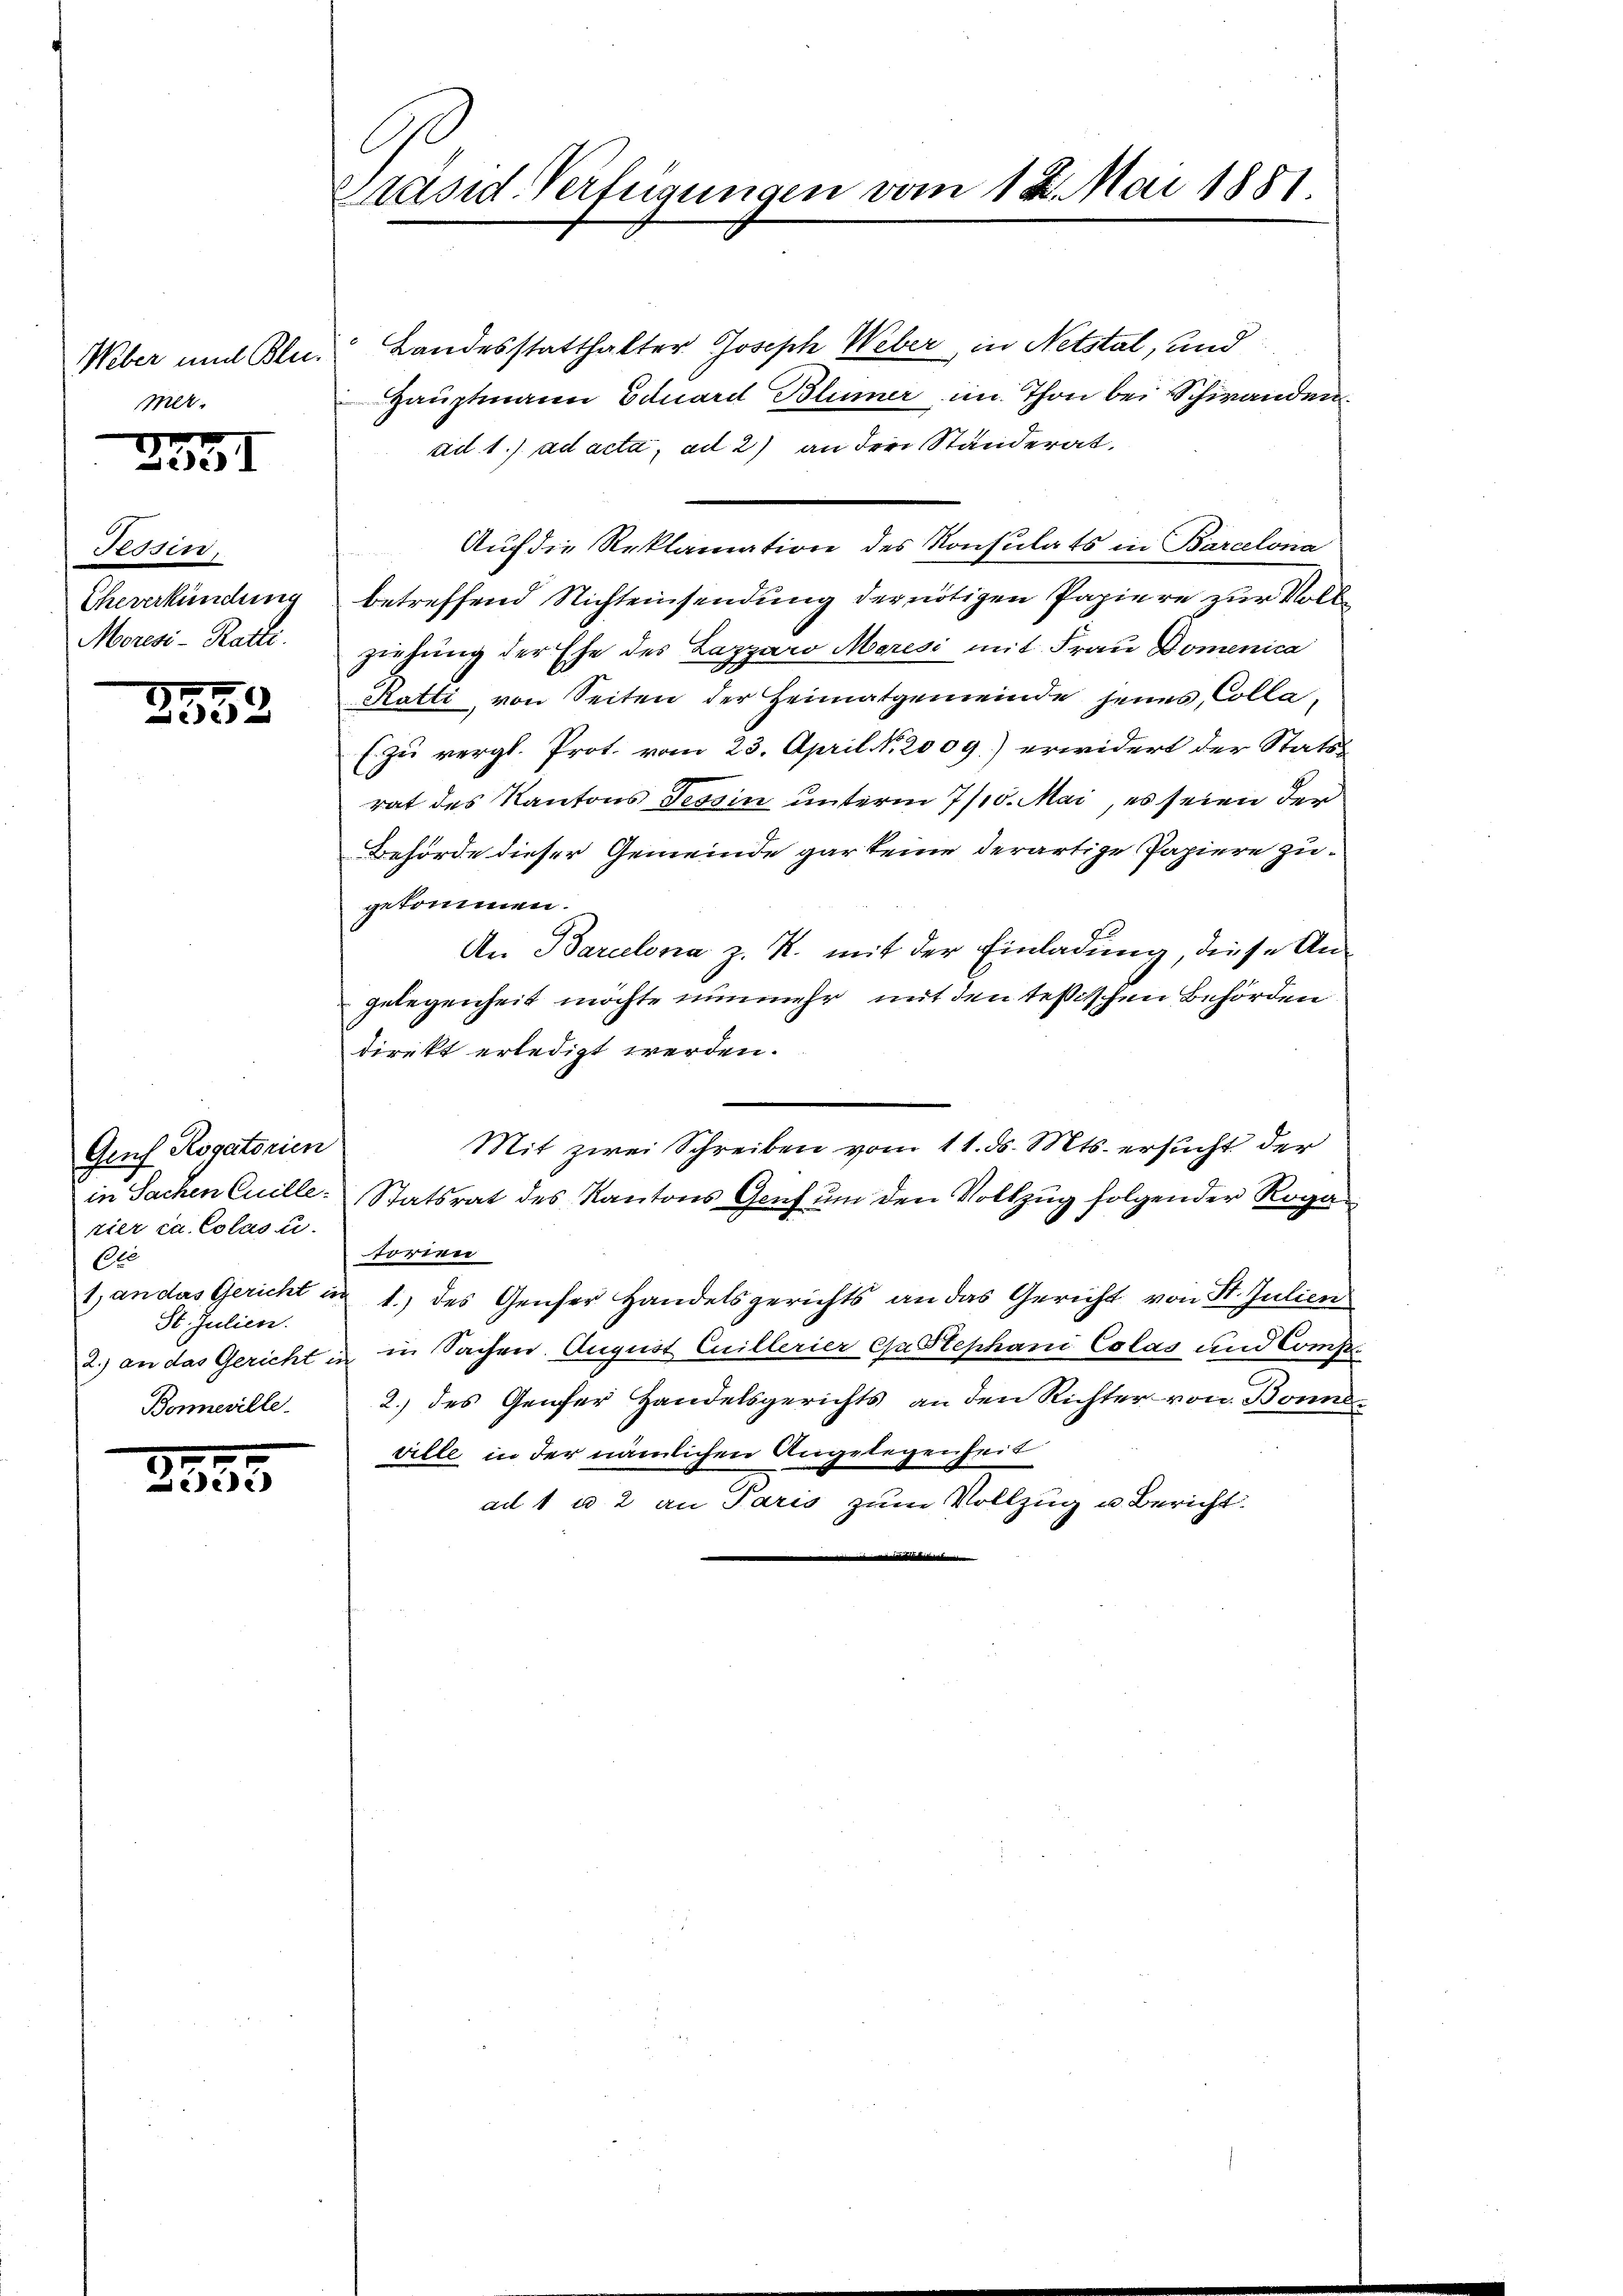
Weber und Blu
mer.
.

232. I

Tessin,
Eheverkündung
Moresi-Ratti.

252

Gruf Rogatorien
rier ca. Colas u.
Ele
St. Julien.
Bonneville.

2885

C
Präsid. Verfügungen vom 12. Mai 1881.

Landesstatthalter Joseph Weber, in Netstal, und
Hauptmann Eduard Blümer im Thon bei Schwanden.
ad 1. ad acta, ad 2) an der Ständerat.
betreffend Nichteinsendung der nötigen Papiere zur Vollziehung der Ehe des Lazparo Meresi mit Frau Domenica
Ratti, von Seiten der Heimatgemeinde jenes Colla-
E. zu vergl. Prot. vom 23. April N. 2009.) erwidert der Stattrat des Kantons Tessin unterm 7/10. Mai, es seien der
Behörde dieser Gemeinde gar keine derartige Papiere zugekommen.
An Barcelona z. R. mit der Einladung, diese An-
gelegenheit möchte nunmehr mit den Tessischen Behörden
direkt erledigt werden.
Mit zwei Schreiben vom 11. ds. Mts. ersucht der
in Sachen Cuille Statsrat des Kantons Genf ŭm den Vollzug folgender Rogaforien
1, an das Gericht in 1. des Genser Handelsgerichts an das Gericht von St. Julien
2.) an das Gericht in in Sachen. August Cuillerier Ga Stephani Colas und Confe¬
2.) des Genfer Handelsgerichts an den Richter von Bonneville in der nämlichen Angelegenheit
ad 1 u 2 an Paris zum Vollzug u. Bericht.

Auf die Reklamation des Konsulats in Barcelona